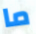
ما